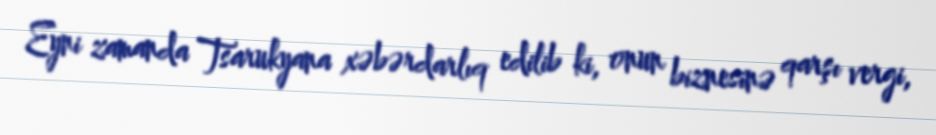
Eyni zamanda Tsarukyana xəbərdarlıq edilib ki, onun biznesinə qarşı vergi,